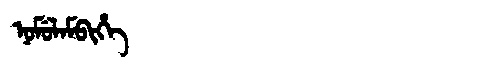
Manchu: ᠨᠣᠮᡠᠯᠠᠮᠪᡳᡥᡝ
Romanization: NOMULAMBIHE